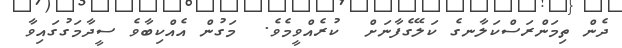
ދެން ތިމަންރަސްކަލާނގެ ކަލޭގެފާނަށް  ކުރެއްވީމެވެ.  މަގުން އެއްކިބާވެ ސީދާމަގުގައިވާ